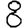
Digit: 8